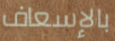
بالإسعاف